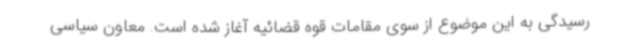
رسیدگی به این موضوع از سوی مقامات قوه قضائیه آغاز شده است. معاون سیاسی